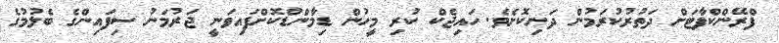
ފްރޭންކްފާޓަށް ދަތުރުކުރަމުން ދަނިކޮށެވެ. ހައިޖެކް ކުރި މީހުން ޑިމާންޑްކޮށްފައިވަނީ ޖަރުމަނު ސިފައިންގެ ބެލުމުގެ